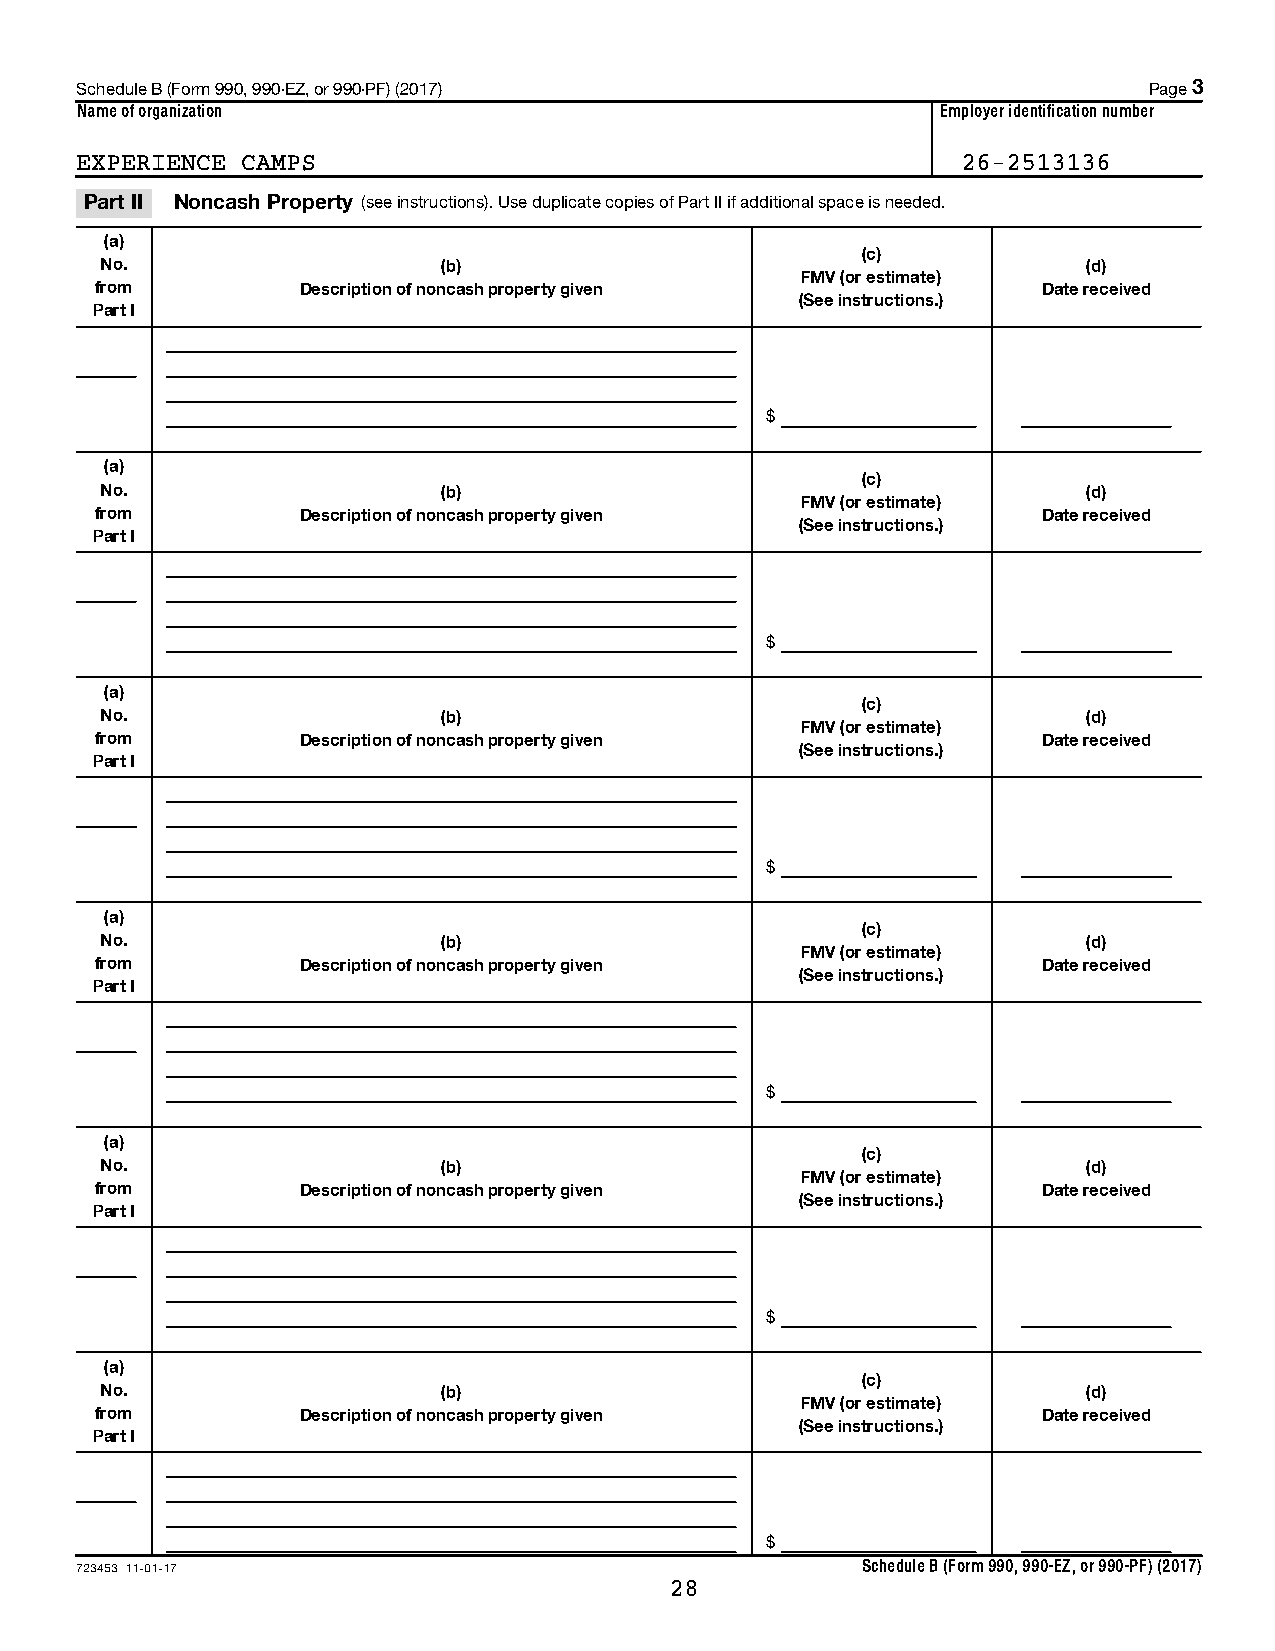
Schedule B (Form 990, 990-EZ, or 990-PF) (2017)                        Page 3
 Name of organization                                     Employer identification number
 EXPERIENCE CAMPS                                           26-2513136
 Part II Noncash Property (see instructions). Use duplicate copies of Part II if additional space is needed.
 (a)
 (c)
 No.                   (b)                                        (d)
 FMV (or estimate)
 from          Description of noncash property given            Date received
 (See instructions.)
 Part I
 $
 (a)
 (c)
 No.                   (b)                                        (d)
 FMV (or estimate)
 from          Description of noncash property given            Date received
 (See instructions.)
 Part I
 $
 (a)
 (c)
 No.                   (b)                                        (d)
 FMV (or estimate)
 from          Description of noncash property given            Date received
 (See instructions.)
 Part I
 $
 (a)
 (c)
 No.                   (b)                                        (d)
 FMV (or estimate)
 from          Description of noncash property given            Date received
 (See instructions.)
 Part I
 $
 (a)
 (c)
 No.                   (b)                                        (d)
 FMV (or estimate)
 from          Description of noncash property given            Date received
 (See instructions.)
 Part I
 $
 (a)
 (c)
 No.                   (b)                                        (d)
 FMV (or estimate)
 from          Description of noncash property given            Date received
 (See instructions.)
 Part I
 $
 723453 11-01-17                                     Schedule B (Form 990, 990-EZ, or 990-PF) (2017)
 28